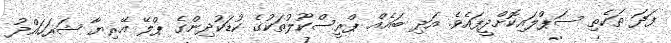
ފަދަ ތަކެތި ސަޕްލައިކޮށްދީފައެވެ. އަދި ބައެއް ޕްރީސްކޫލުތަކުގެ ކުޑަކުދިންގެ ޕްލޭ އޭރިޔާ ޝަރަހައްދު